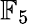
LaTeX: \mathbb{F}_{5}